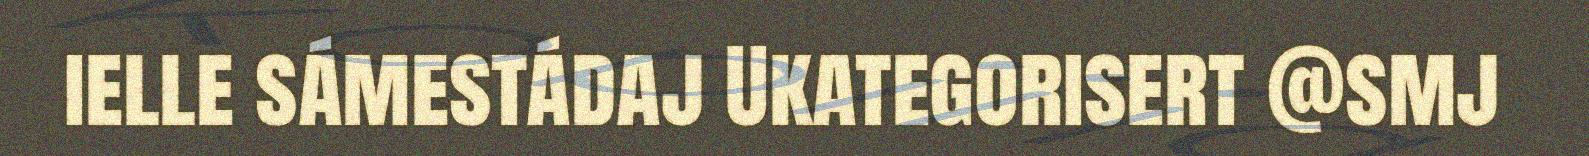
ielle sámestádaj Ukategorisert @smj